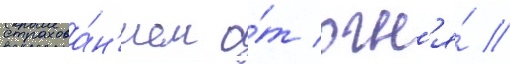
страхова́н'ием о́т огн'я́ //